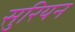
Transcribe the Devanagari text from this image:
सुरियन